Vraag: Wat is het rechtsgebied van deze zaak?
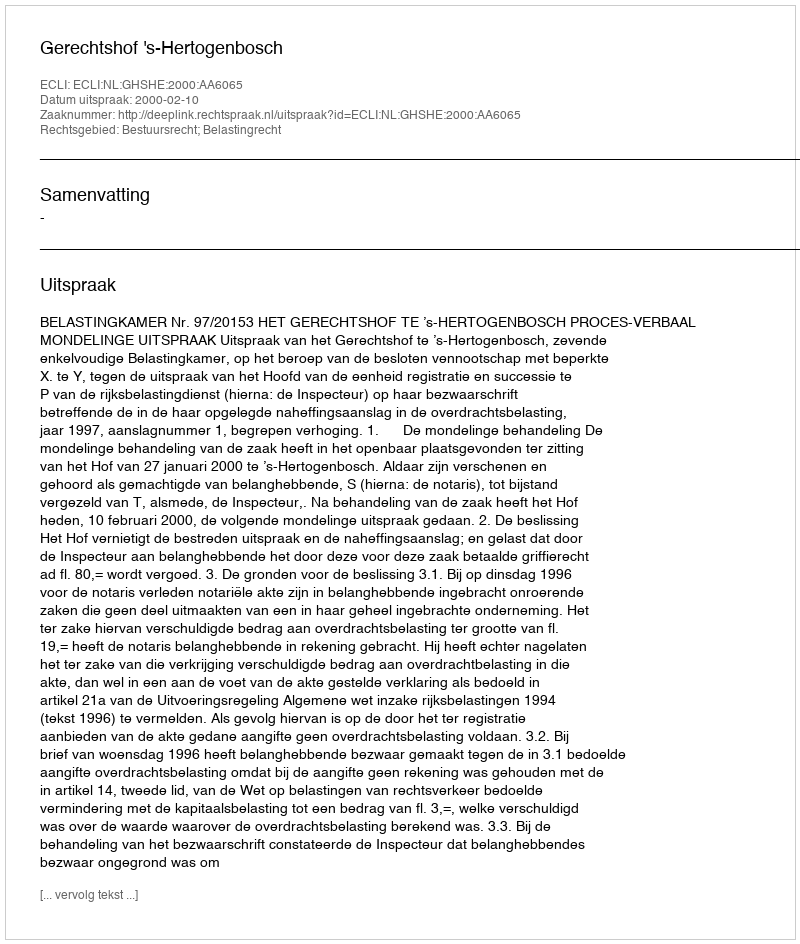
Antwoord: Bestuursrecht; Belastingrecht